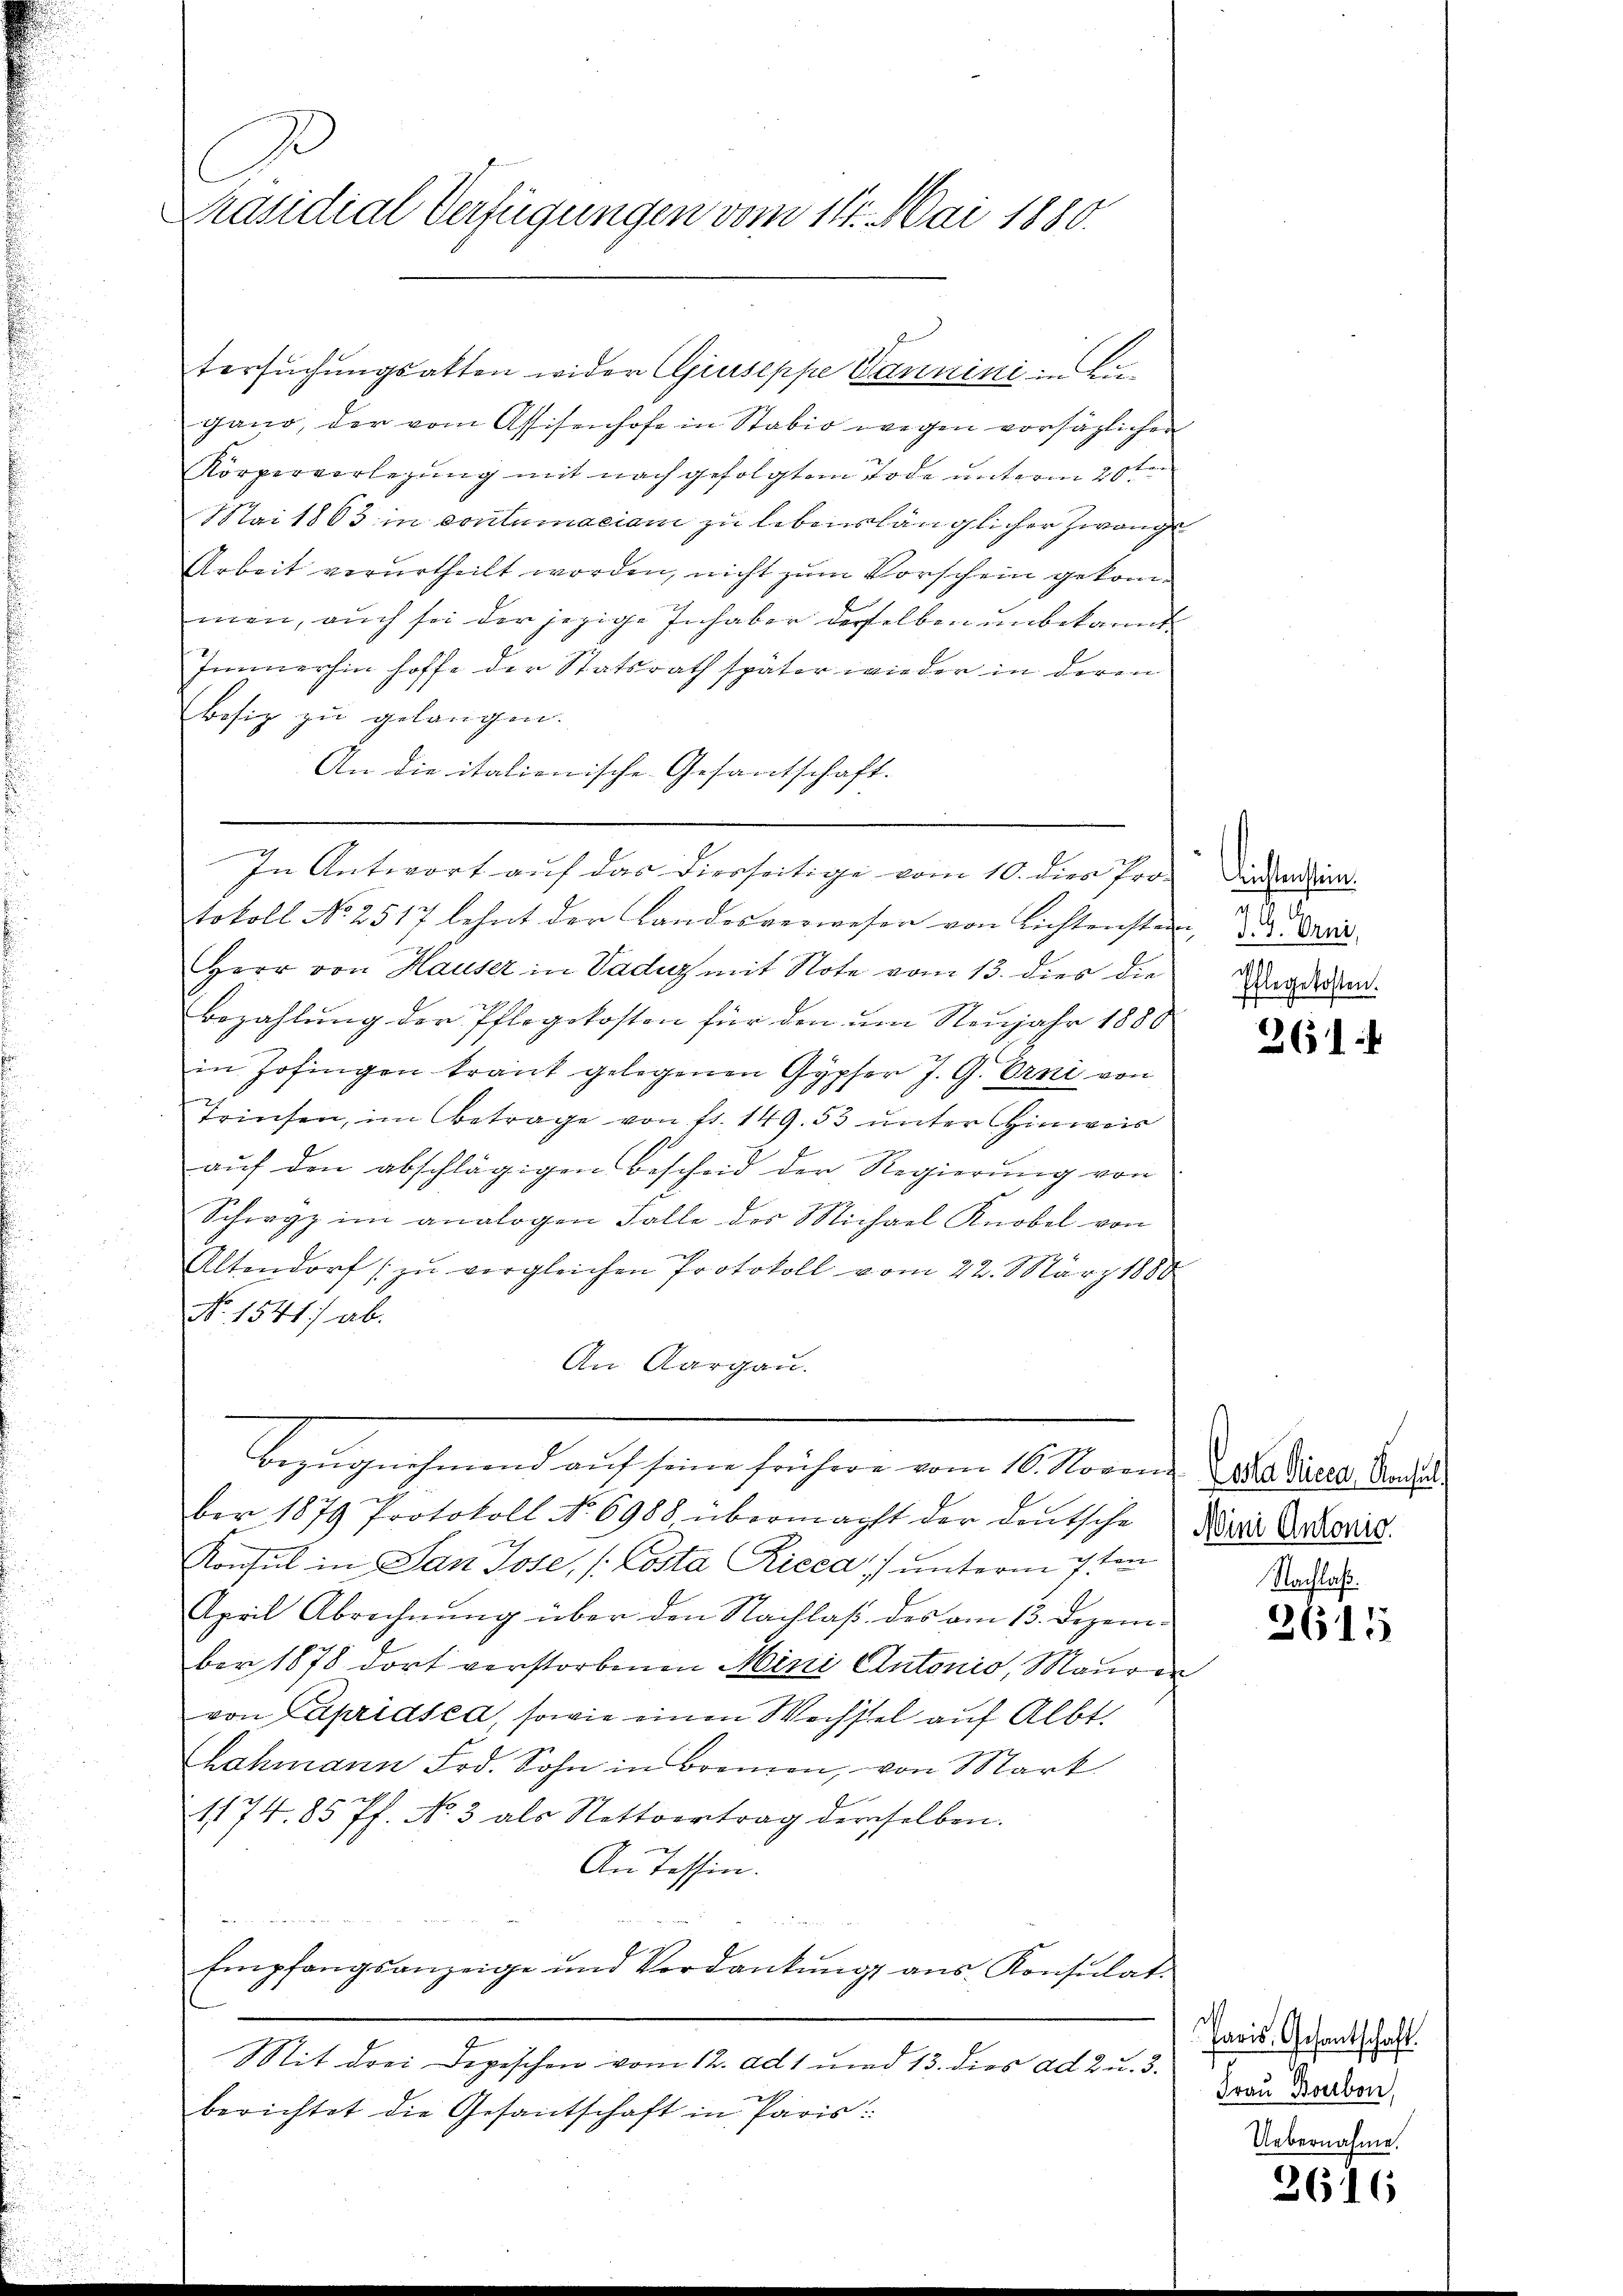
Präsidial-Verfügungen vom 11. Mai 1880.

tersuchungsatten wider Giuseppe Canniri in Augano, der vom Assisenhofe in Stabio wegen vorsäzlichen
Körperverlegung mit nach gefolgtem Tode unterm 20ten
Mai 1863 in contumaciam zu lebenslänglicher Zwang
Arbeit verurtheilt worden, nicht zum Vorschein gekommen, auch sei der jezige Inhaber derselben unbekannt
Immerhin hoffe der Statsrath später wieder in deren
Besiz zu gelangen.
An die italienische Gesantschaft.
In Antwort auf das Diesseitige vom 10. dies Pro-
tokoll No 2517 lehnt der Landesverwesen von Lichtenstein, Dr. Bra
Herr von Hauser in Vadiz mit Note vom 13. dies die
bezahlung der Pflegekosten für den um Neujahr 1880
in Zofingen traut gelegenen Gypfer J. G. Erni von
Triesen, im Betrage von 11. 149. 53 unter Hinweis
aŭf den abschlägigen Bescheid der Regierŭng von
Schwyz im analogen Falle des Michael Knobel von
.
Altendorf zu vergleichen Protokoll vom 22. März 1880
No. 1541 ab.
An Aargau.
Segengehenen auch ein sehen von Altern er aber die
c
ber 1879 Protokoll No 6988, übermacht der deutsche Kreis Schoriz
Konsul in San Jose, (Costa Riced unterm 7ten
April Abrechnung über den Nachlaß des am 13. Dezember 1878 dort verstorbenen Mini Clutonio, Maurer
von Capridsca, sowie einen Wechsel auf Albt.
hahmann Frd. Sohn in Bremen, von Mart.
1174. 85 Pf. No. 3 als Nottvertrag derselben.
An Tessin.
e
Empfangsanzeige und Verdankung aus Konsulat

Mit drei Depeschen vom 12. ad 1. und 13. dies ad 2 u. 3
berichtet die Gesantschaft in Paris:

Richtenstein.
.
d
Eflegekosten.

261

Nachlaß
3615

Pacis- Gesantschaft.
7
Frau Bonbon,
Uebernahme.

2616